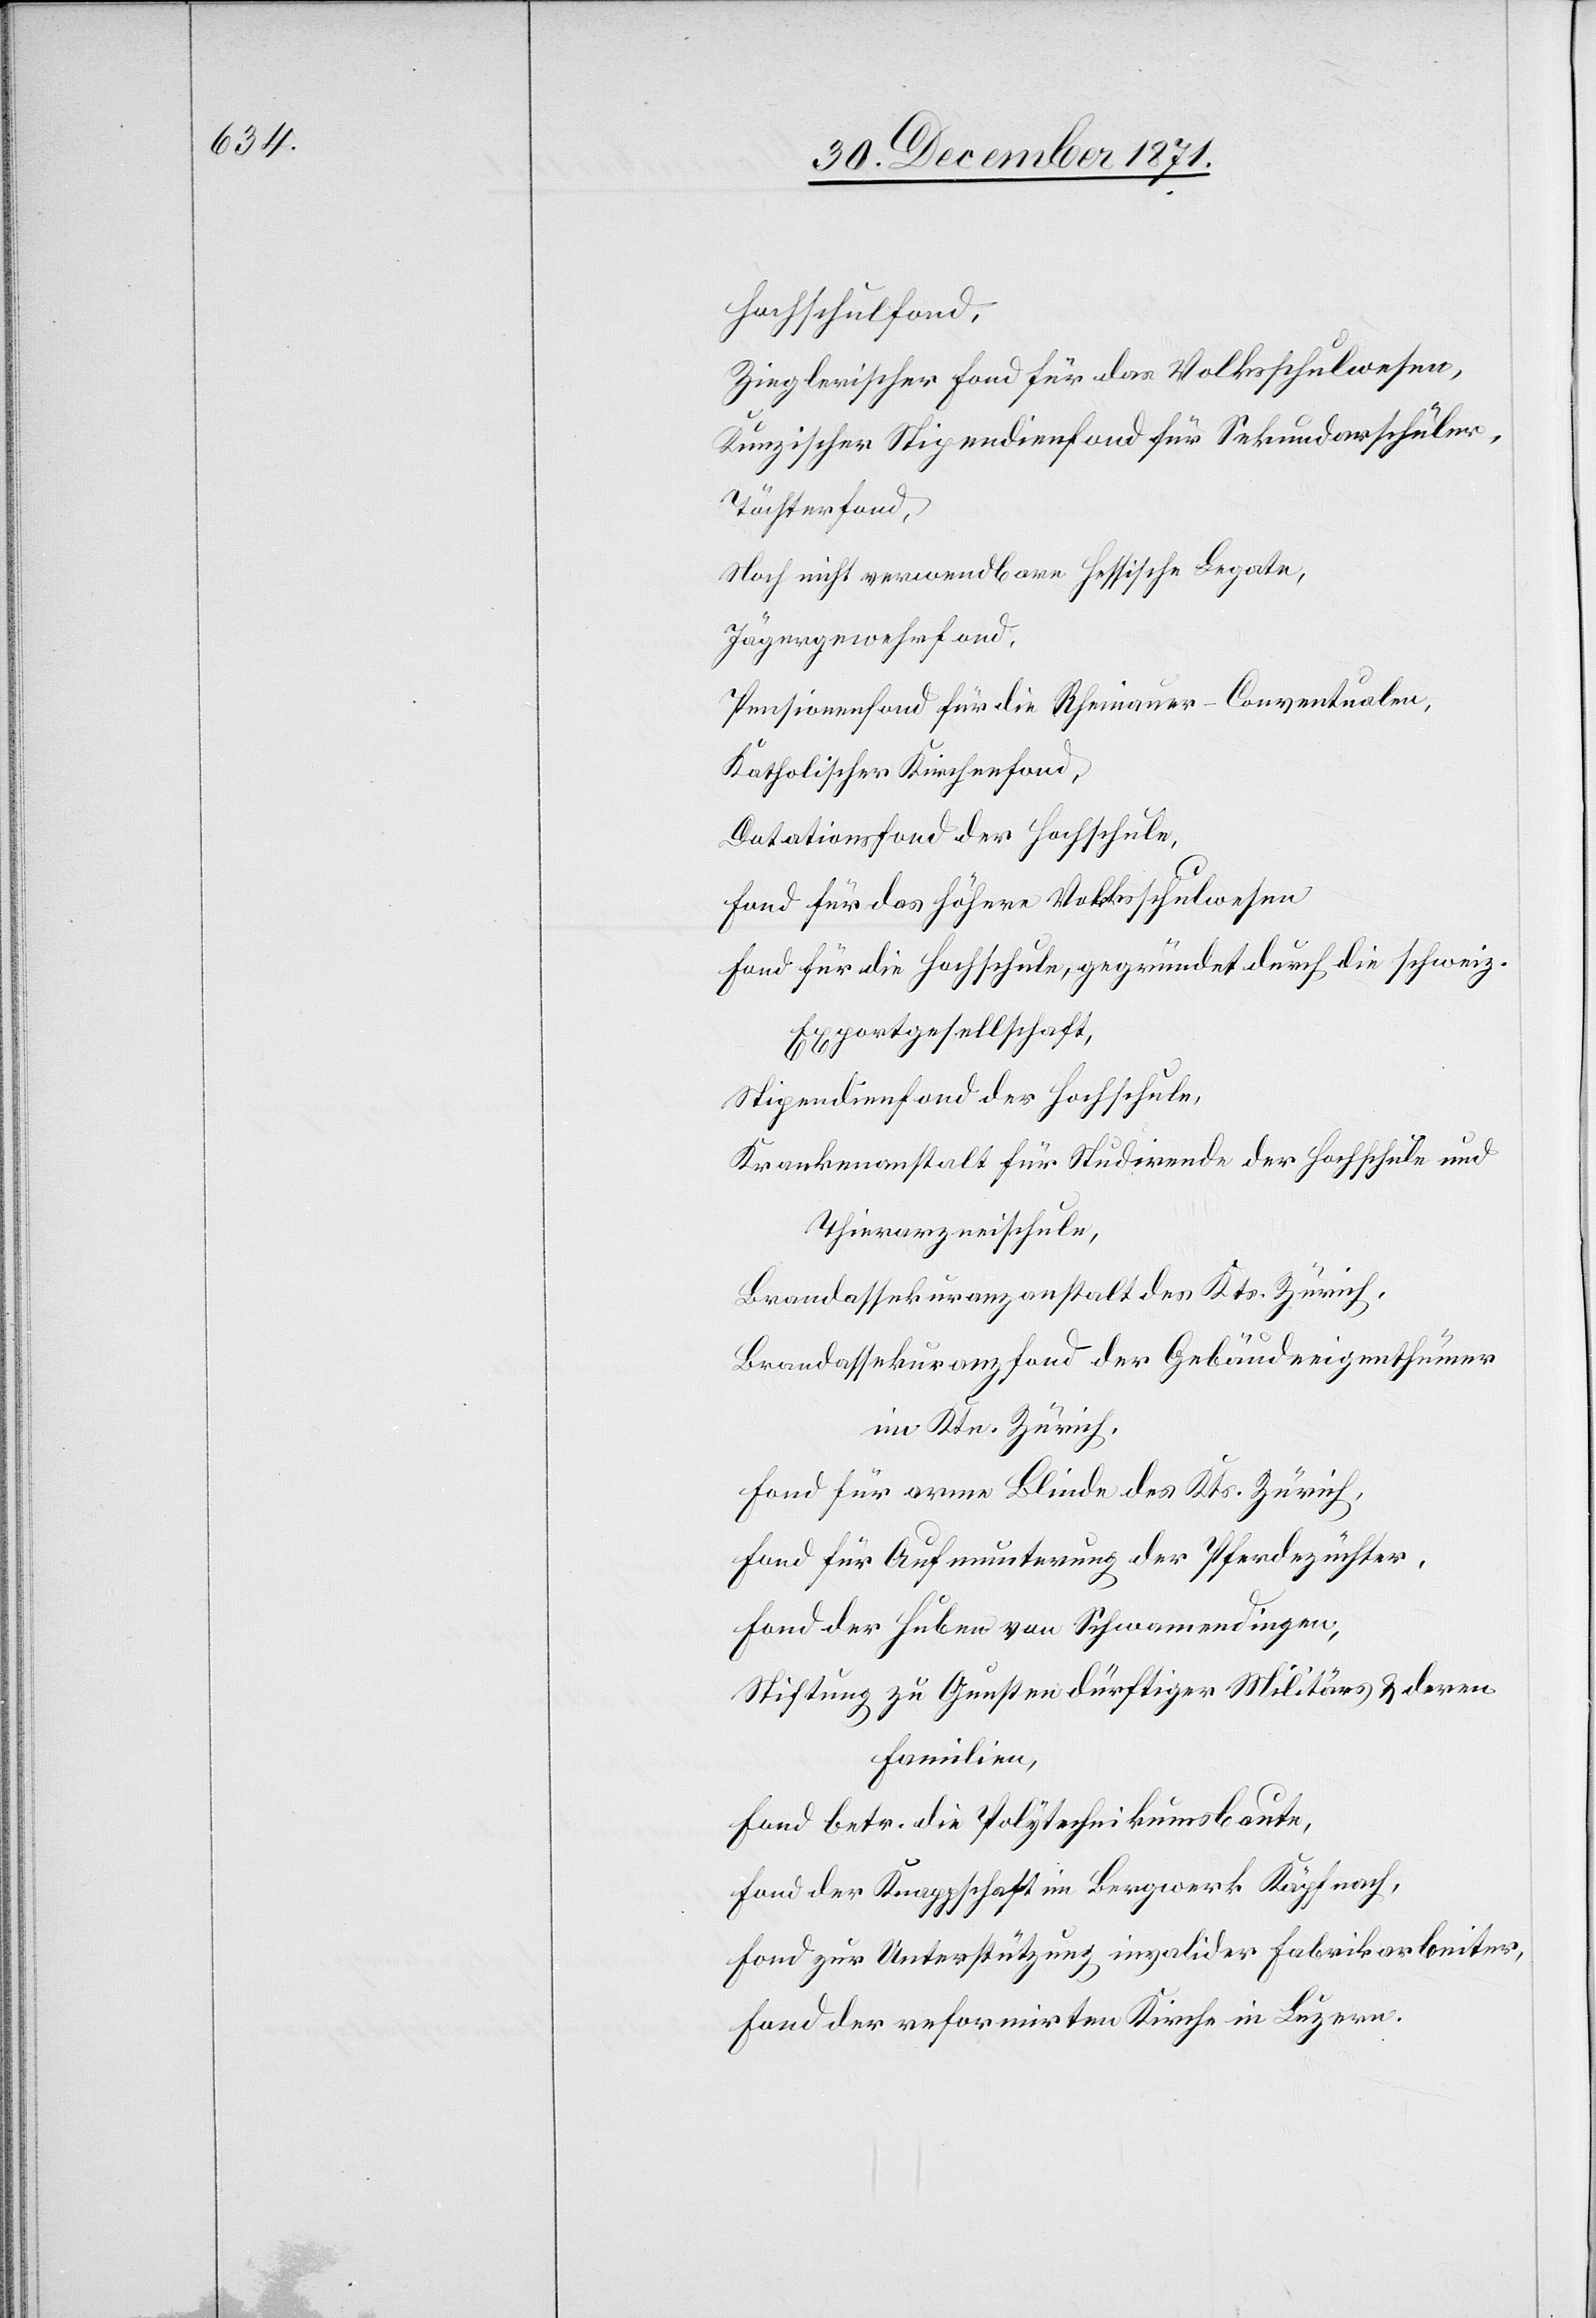
Hochschulfond,
Zieglerischer Fond für das Volksschulwesen,
Kunzischer Stipendienfond für Sekundarschüler,
Töchterfond,
noch nicht verwendbare Hessische Legaten,
Jägergewehrfond,
Pensionsfond für die Rheinauer-Conventualen,
Katholischer Kirchenfond,
Dotationsfond der Hochschule
Fond für das höhere Volksschulwesen
Fond für die Hochschule, gegründet durch die schweiz.
Exportgesellschaft,
Stipendienfond der Hochschule,
Krankenanstalt für Studirende für Hochschule und
Thierarzneischule,
Brandassekuranzanstalt des Kts. Zürich,
Brandassekuranzfond der Gebäudeeigenthümer
im Ktn. Zürich,
Fond für arme Blinde des Kts. Zürich,
Fond für Aufmunterung der Pferdezüchter,
Fond der Huben von Schwamendingen
Stiftung zu Gunsten dürftiger Militärs & deren
Familien,
Fond betr. die Polytechnikumsbaute,
Fond der Knappschaft im Bergwerk Käpfnach,
Fond zur Unterstützung invalider Fabrikarbeiter,
Fond der reformirten Kirche in Luzern.